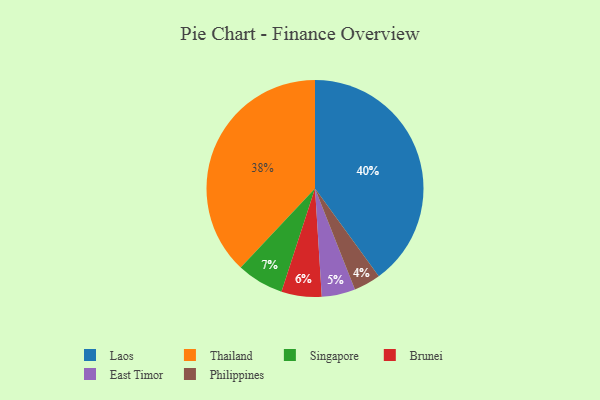
{"axis": {"x": "Category", "y": "Percentage"}, "legend": ["Brunei", "East Timor", "Laos", "Philippines", "Singapore", "Thailand"], "data": [{"x": "Singapore", "y": 7, "type": "Singapore"}, {"x": "Philippines", "y": 4, "type": "Philippines"}, {"x": "Thailand", "y": 38, "type": "Thailand"}, {"x": "East Timor", "y": 5, "type": "East Timor"}, {"x": "Brunei", "y": 6, "type": "Brunei"}, {"x": "Laos", "y": 40, "type": "Laos"}]}